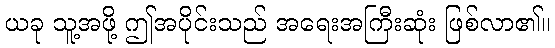
ယခု သူ့အဖို့ ဤအပိုင်းသည် အရေးအကြီးဆုံး ဖြစ်လာ၏။